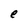
Character: e